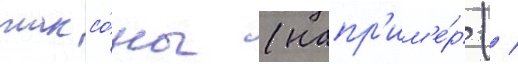
таксо́ны (напр'им'е́р ( /